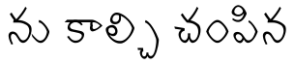
ను కాల్చి చంపిన